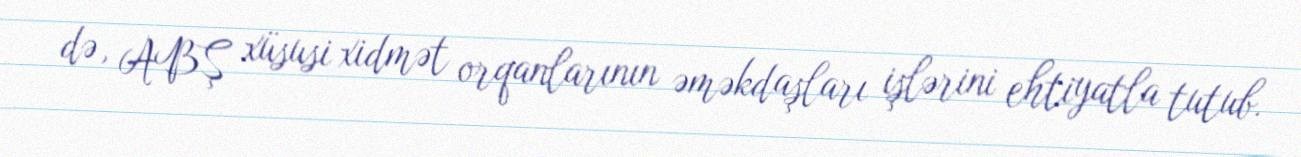
də, ABŞ xüsusi xidmət orqanlarının əməkdaşları işlərini ehtiyatla tutub.